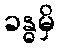
ခန္ဓမှိ